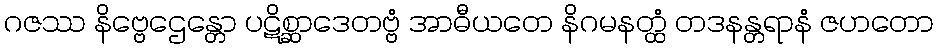
ဂဇဿ နိဗ္ဗေဌေန္တော ပဋိစ္ဆာဒေတဗ္ဗံ အာဓီယတေ နိဂမနတ္ထံ တဒနန္တရာနံ ဇဟတော